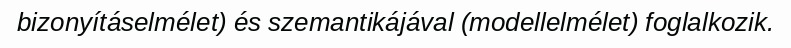
bizonyításelmélet) és szemantikájával (modellelmélet) foglalkozik.